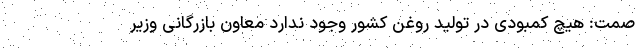
صمت: هیچ کمبودی در تولید روغن کشور وجود ندارد معاون بازرگانی وزیر